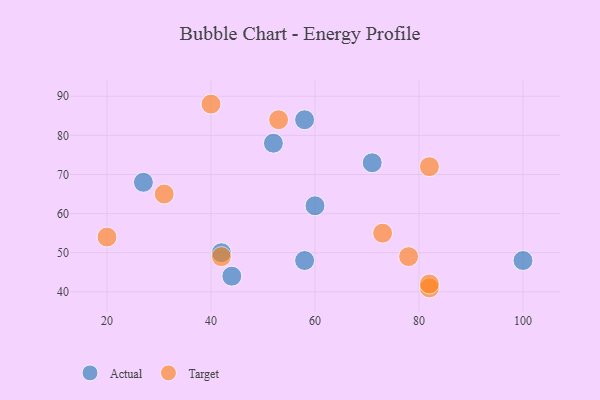
{"axis": {"x": "GDP", "y": "Life Expectancy"}, "legend": ["Actual", "Target"], "data": [{"x": "58", "y": 48, "type": "Actual"}, {"x": "52", "y": 78, "type": "Actual"}, {"x": "71", "y": 73, "type": "Actual"}, {"x": "42", "y": 50, "type": "Actual"}, {"x": "44", "y": 44, "type": "Actual"}, {"x": "27", "y": 68, "type": "Actual"}, {"x": "100", "y": 48, "type": "Actual"}, {"x": "58", "y": 84, "type": "Actual"}, {"x": "60", "y": 62, "type": "Actual"}, {"x": "42", "y": 49, "type": "Target"}, {"x": "73", "y": 55, "type": "Target"}, {"x": "82", "y": 72, "type": "Target"}, {"x": "78", "y": 49, "type": "Target"}, {"x": "82", "y": 41, "type": "Target"}, {"x": "31", "y": 65, "type": "Target"}, {"x": "20", "y": 54, "type": "Target"}, {"x": "40", "y": 88, "type": "Target"}, {"x": "53", "y": 84, "type": "Target"}, {"x": "82", "y": 42, "type": "Target"}]}